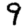
Digit: 9